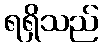
ရရှိသည်